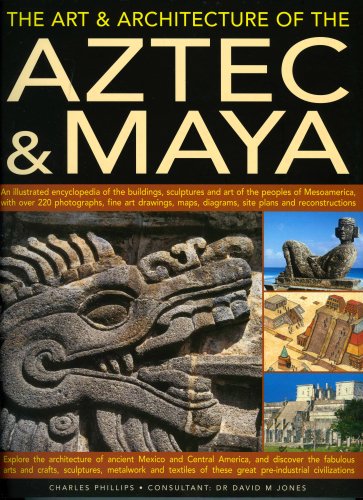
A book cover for The Art & Architecture of the Aztec & Maya: An illustrated encyclopedia of the buildings, sculptures and art of the peoples of Mesoamerica, with over ... of ancient Mexico and central America; Charles Phillips; History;